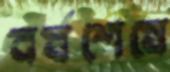
বর্ষশেষে